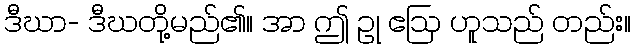
ဒီဃာ- ဒီဃတို့မည်၏။ အာ ဤ ဥု ဧဩ ဟူသည် တည်း။